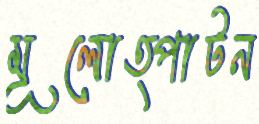
মূলোত্পাটন